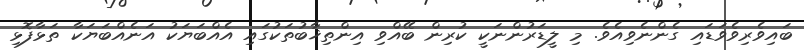
ބައިވެރިވެވަޑައި ގެންނެވިއެވެ. މި ލީޑަރުންނަކީ ކުރިން ބޭއްވި އިންތިޚާބުތަކުގައި އެއްބަޔަކު އަނެއްބަޔަކާ ތަޅާފޮޅި